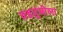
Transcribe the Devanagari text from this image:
वडतुंबीला